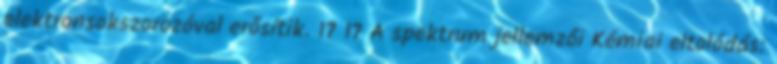
elektronsokszorozóval erősítik. 17 17 A spektrum jellemzői Kémiai eltolódás: